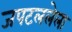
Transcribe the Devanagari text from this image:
जपटललेला